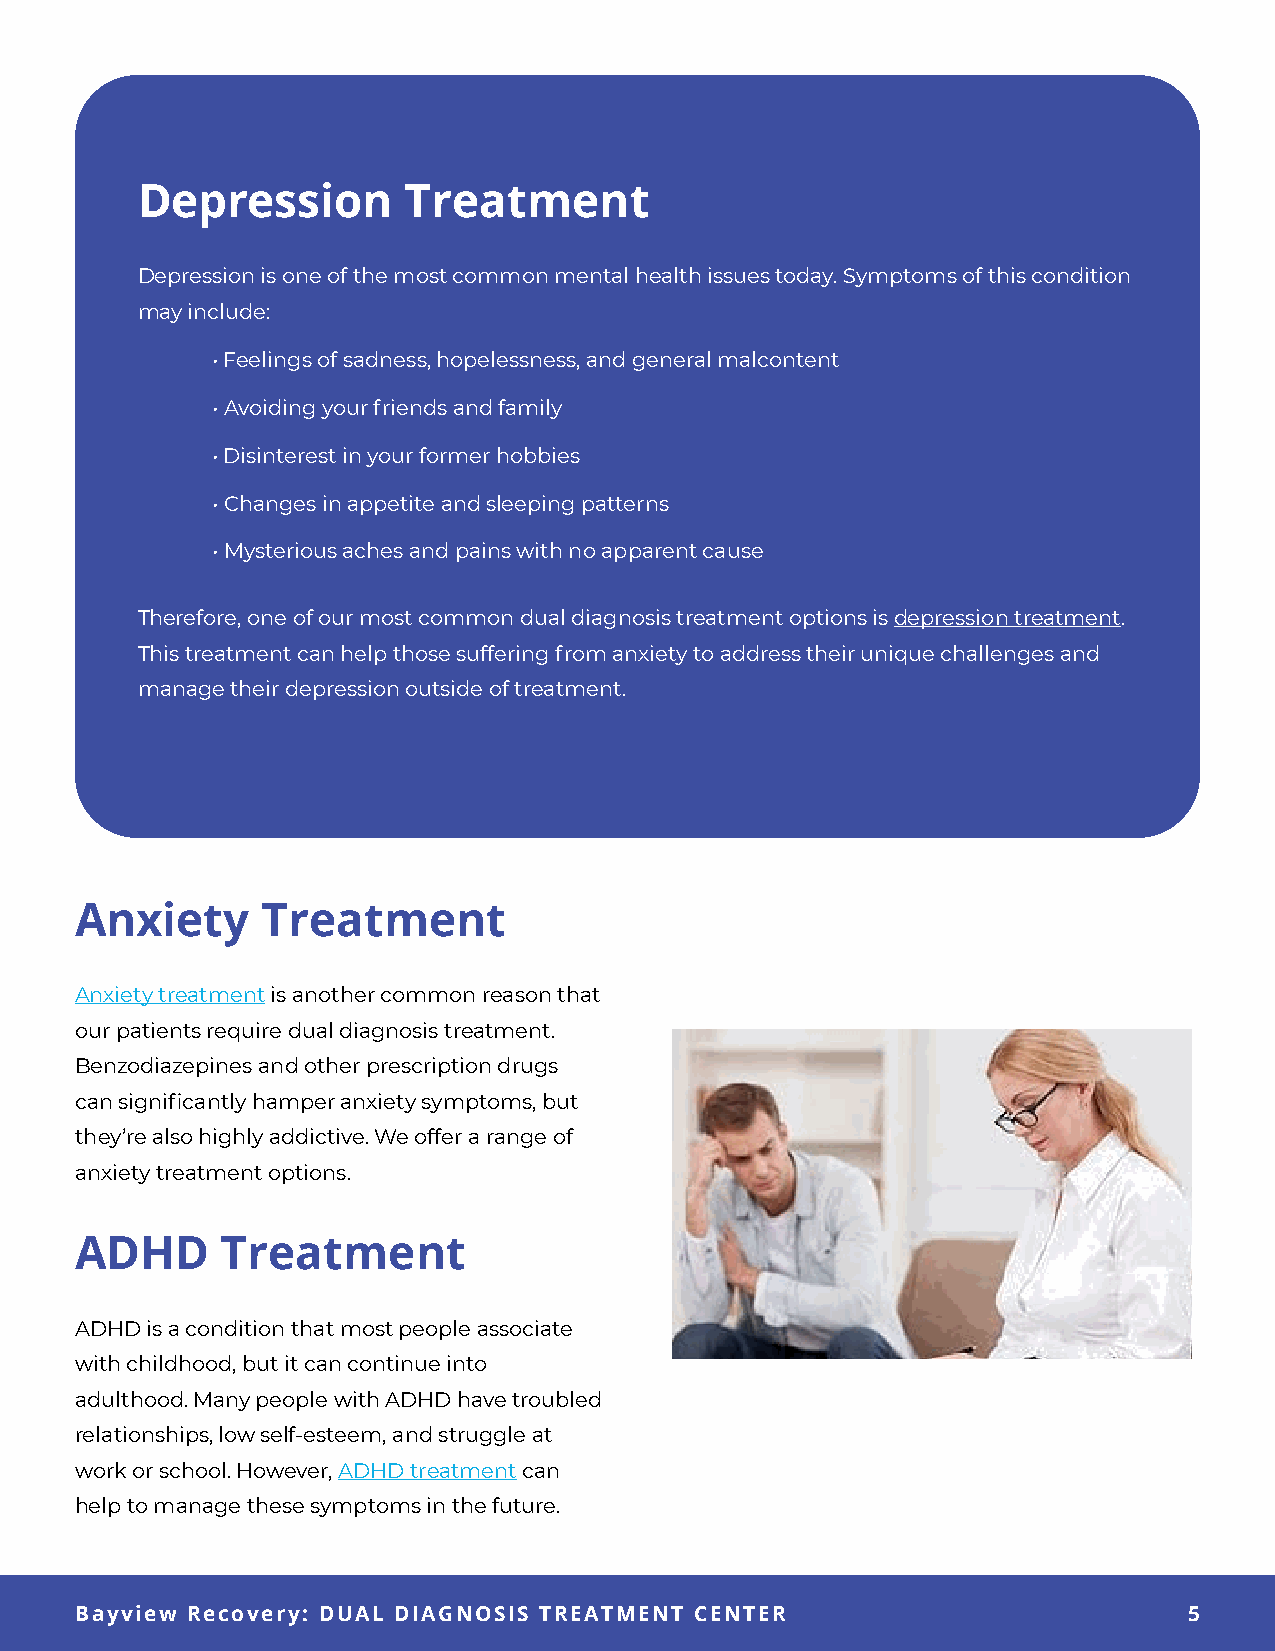
Depression        Treatment
 Depression is one of the most common mental health issues today. Symptoms of this condition
 may include:
 • Feelings of sadness, hopelessness, and general malcontent
 • Avoiding your friends and family
 • Disinterest in your former hobbies
 • Changes in appetite and sleeping patterns
 • Mysterious aches and pains with no apparent cause
 Therefore, one of our most common dual diagnosis treatment options is depression treatment.
 This treatment can help those suffering from anxiety to address their unique challenges and
 manage their depression outside of treatment.
 Anxiety     Treatment
 Anxiety treatment is another common reason that
 our patients require dual diagnosis treatment.
 Benzodiazepines and other prescription drugs
 can significantly hamper anxiety symptoms, but
 they’re also highly addictive. We offer a range of
 anxiety treatment options.
 ADHD      Treatment
 ADHD is a condition that most people associate
 with childhood, but it can continue into
 adulthood. Many people with ADHD have troubled
 relationships, low self-esteem, and struggle at
 work or school. However, ADHD treatment can
 help to manage these symptoms in the future.
 5
 BBaayyvviieeww RReeccoovveerryy:: DDUUAALL DDIIAAGGNNOOSSIISS TTRREEAATTMMEENNTT CCEENNTTEERR 55